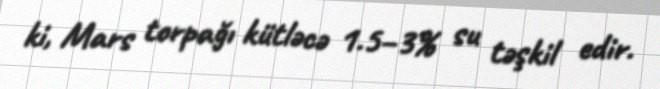
ki, Mars torpağı kütləcə 1.5–3% su təşkil edir.